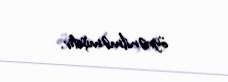
öyrənilməmişdir.